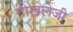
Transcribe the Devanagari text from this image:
गोखलेजी